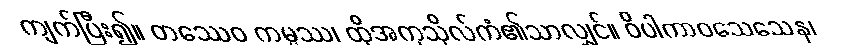
ကျက်ပြီး၍။ တဿေဝ ကမ္မဿ၊ ထိုအကုသိုလ်ကံ၏သာလျှင်။ ဝိပါကာဝသေသေန၊